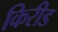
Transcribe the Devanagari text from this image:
किरीड